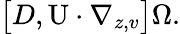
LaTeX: \begin{array}{r}{\big[D,\mathrm{U}\cdot\nabla_{z,v}\big]\Omega.}\end{array}